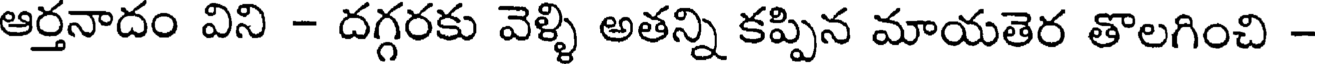
ఆర్తనాదం విని - దగ్గరకు వెళ్ళి అతన్ని కప్పిన మాయతెర తొలగించి -